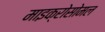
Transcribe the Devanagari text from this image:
माइक्रोसोमल